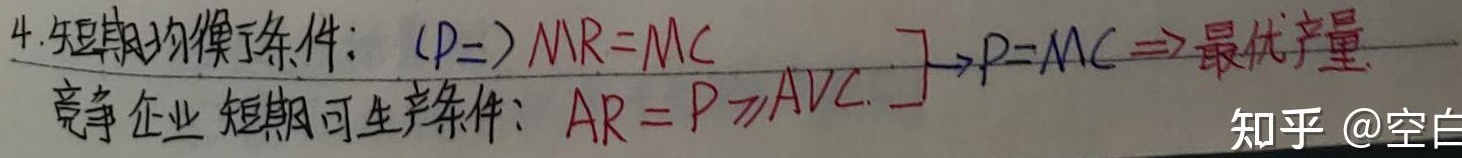
4. 短期均衡条件：\((P = )MR = MC\)
竞争企业短期可生产条件：\(AR = P\geq AVC\)  \(\to P = MC\Rightarrow\)最优产量。知乎 @空白